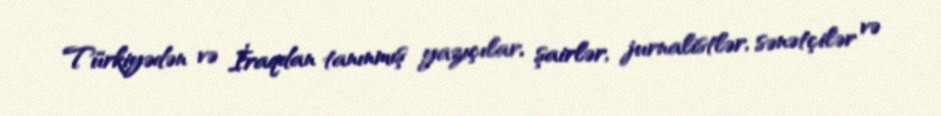
Türkiyədən və İraqdan tanınmış yazıçılar, şairlər, jurnalistlər, sənətçilər və